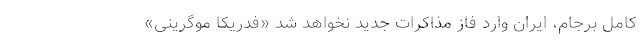
کامل برجام، ایران وارد فاز مذاکرات جدید نخواهد شد «فدریکا موگرینی»